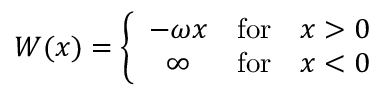
W ( x ) = \left\{ \begin{array} { c l l } { { - \omega x } } & { { \mathrm { f o r } } } & { { x > 0 } } \\ { { \infty } } & { { \mathrm { f o r } } } & { { x < 0 } } \end{array} \right.